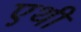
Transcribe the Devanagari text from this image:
एथी